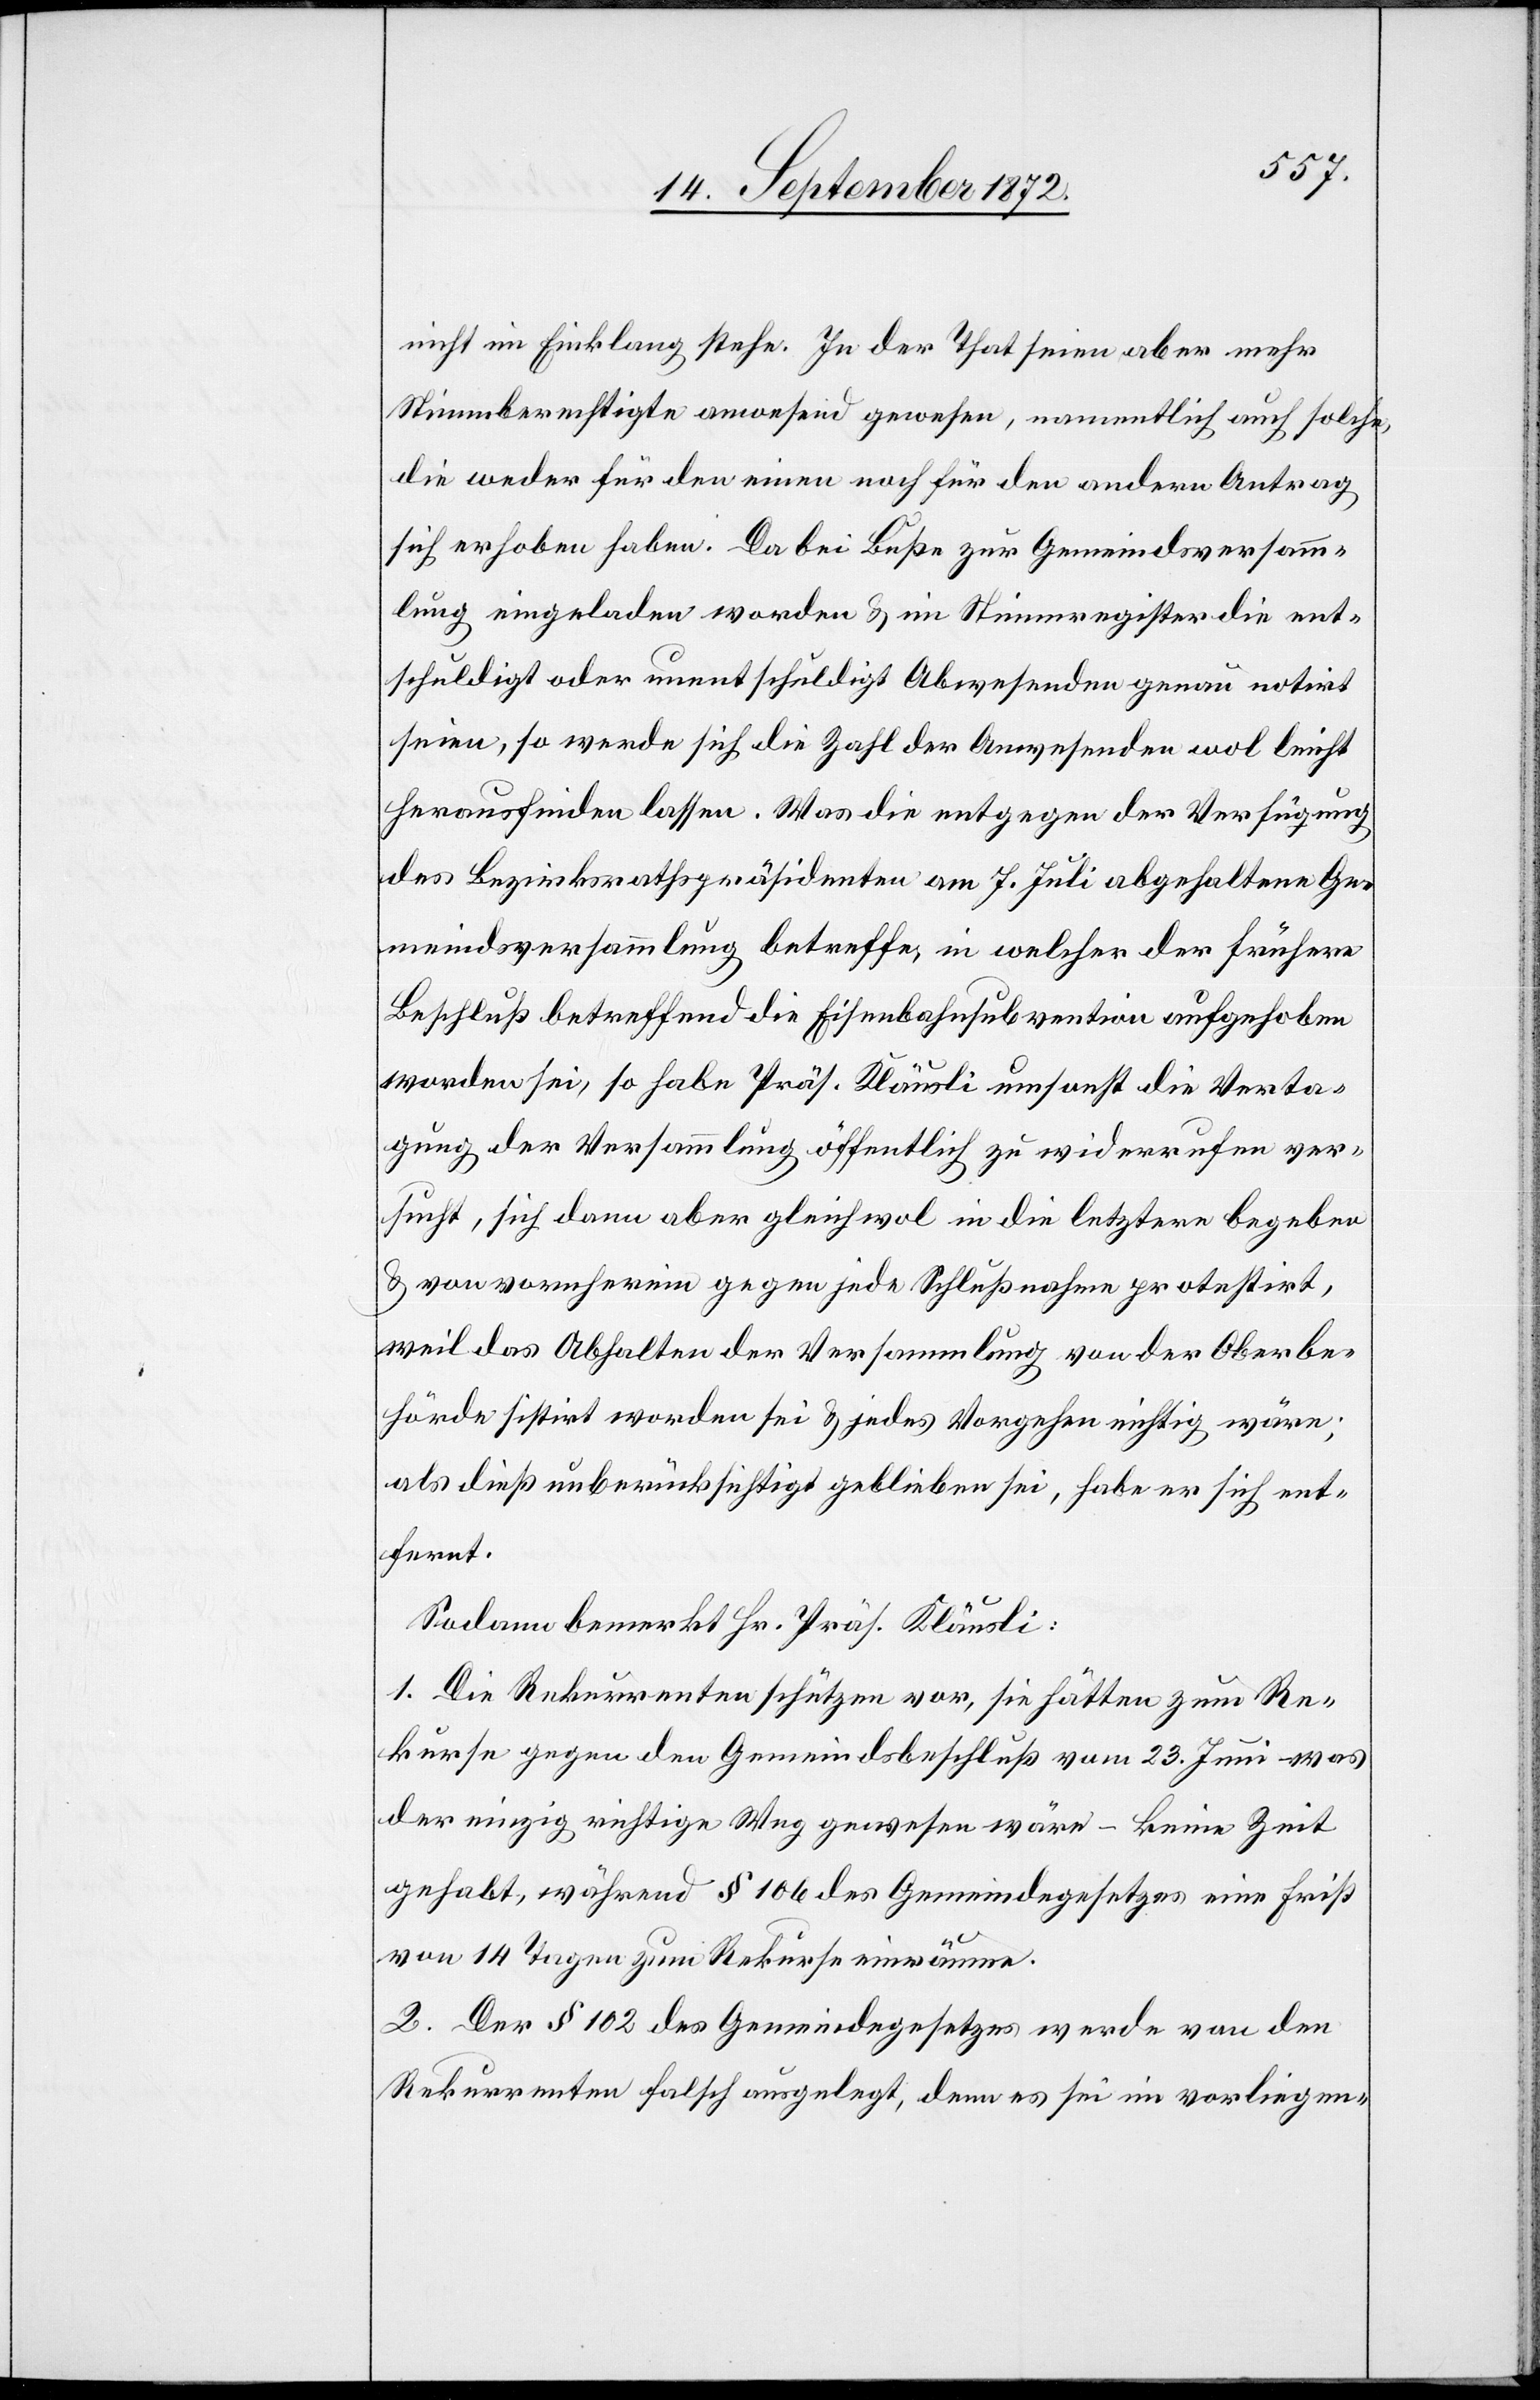
nicht im Einklang stehe. In der That seien aber mehr
Stimmberechtigte anwesend gewesen, namentlich auch solche,
die weder für den einen noch für den andern Antrag
sich erhoben haben. Da bei Buße zur Gemeindsversamm¬
lung eingeladen worden u. im Stimmregister die ent¬
schuldigt oder unentschuldigt Abwesenden genau notirt
seien, so werde sich die Zahl der Anwesenden wol leicht
herausfinden lassen. Was die entgegen der Verfügung
des Bezirksrathspräsidenten am 7. Juli abgehaltene Ge¬
meindsversammlung betreffe, in welcher der frühere
Beschluß betreffend die Eisenbahnsubvention aufgehoben
worden sei, so habe Präs. Kläusli umsonst die Verta¬
gung der Versammlung öffentlich zu widerrufen ver¬
sucht, sich dann aber gleichwol in die letztere begeben
u. von vornherein gegen jede Schlußnahme protestirt,
weil das Abhalten der Versammlung von der Oberbe¬
hörde sistirt worden sei u. jedes Vorgehen richtig wäre;
als dieß unberücksichtigt geblieben sei, habe er sich ent¬
fernt.
Sodann bemerkt Hr. Präs. Kläusli:
1. Die Rekurrenten schützen vor, sie hätten zum Re¬
kurse gegen den Gemeindsbeschluß vom 23. Juni was
der einzig richtige Weg gewesen wäre – keine Zeit
gehabt, während § 106 des Gemeindegesetzes eine Frist
von 14 Tagen zum Rekurse einräume.
2. Der § 102 des Gemeindegesetzes werde von den
Rekurrenten falsch ausgelegt, denn es sei im vorliegen-